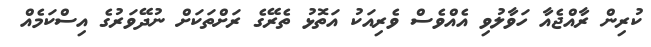
ކުރިން ރާއްޖެއާ ހަވާލުވި އެއްވެސް ވެރިއަކު އަތޮޅު ތެރޭގެ ރަށްތަކަށް ނުދޭވަރުގެ އިސްކަމެއް